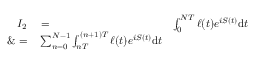
\begin{array} { r l r } { I _ { 2 } } & { { } = } & { \int _ { 0 } ^ { N T } \ell ( t ) e ^ { i S ( t ) } \mathrm { d } t } \\ { \& = } & { { } \sum _ { n = 0 } ^ { N - 1 } \int _ { n T } ^ { ( n + 1 ) T } \ell ( t ) e ^ { i S ( t ) } \mathrm { d } t } \end{array}